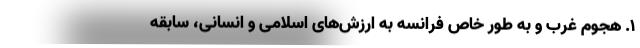
۱. هجوم غرب و به طور خاص فرانسه به ارزش‌های اسلامی و انسانی، سابقه